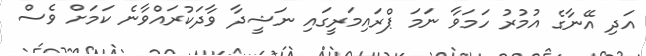
އަދި އޭނާގެ އުމުރު ހަމަވާ ނަމަ ޕްރައިމަރީގައި ނަޝީދާ ވާދަކުރައްވާނެ ކަމަށް ވެސް